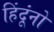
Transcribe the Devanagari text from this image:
हिंदूंनो